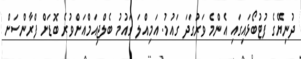
ދުނިޔޭގެ ފުޓުބޯޅައިގައި އެންމެ ވަރުގަދަ ގައުމު. އަމިއްލަ ގައުމު ބެލްޖިއަމްއަށްވުރެ ބޮޑަށް ފްރާންސަށް